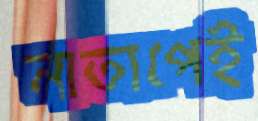
নাতাপেই